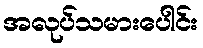
အလုပ်သမားပေါင်း